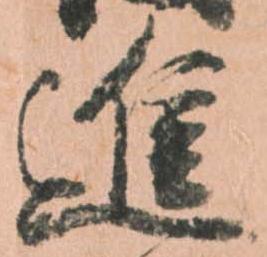
進